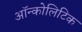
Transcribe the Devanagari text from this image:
ऑन्कोलिटिक